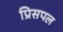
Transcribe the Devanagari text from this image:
प्रिसपल